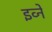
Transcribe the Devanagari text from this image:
इव्ने